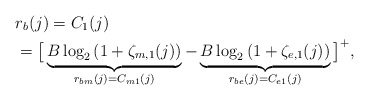
\begin{align*}&r_{b}(j)=C_{1}(j)\\&=\big[\underbrace{B\log_{2}\left(1+\zeta_{m,1}(j)\right)}_{r_{bm}(j)=C_{m1}(j)}-\underbrace{B\log_{2}\left(1+\zeta_{e,1}(j)\right)}_{r_{be}(j)=C_{e1}(j)}\big]^+,\end{align*}